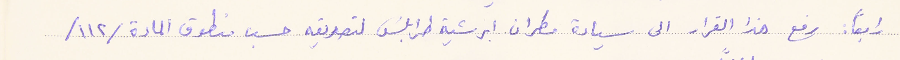
رابعاً: رفع هذا القرار الى سيادة مطران ابرشية طرابلسَ لتصديقه حسب منطوق المادة /١١٢/